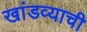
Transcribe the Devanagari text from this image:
खांडव्याची